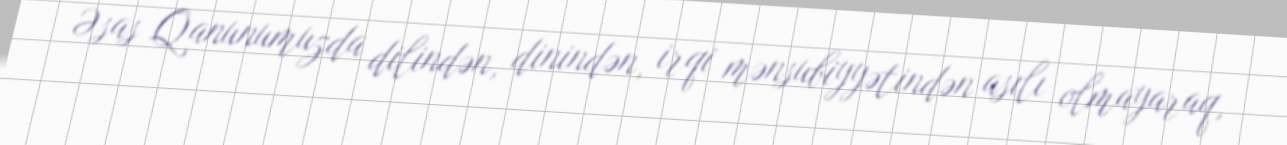
Əsas Qanunumuzda dilindən, dinindən, irqi mənsubiyyətindən asılı olmayaraq,